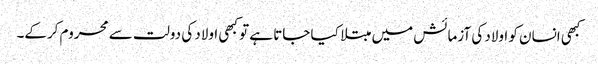
کبھی انسان کو اولاد کی آزمائش میں مبتلا کیا جاتا ہے تو کبھی اولاد کی دولت سے محروم کرکے۔